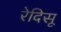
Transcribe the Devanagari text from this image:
रेदिसू